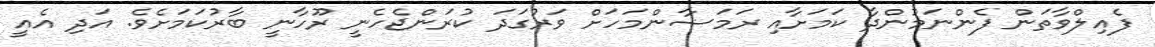
ފެއިލްވާތަން ފެންނަމުންދާ ކަމަށާއި ރަމަޟާންމަހަށް ވަރުގަދަ ކުރަންޖެހެނީ ރޫހާނީ ބާރުކަމަށެވެ. އަދި އެއީ